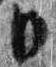
日